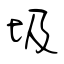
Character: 圾